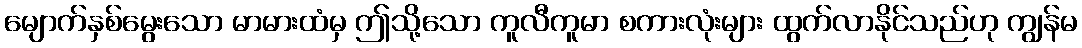
မျောက်နှစ်မွေးသော မာမားထံမှ ဤသို့သော ကူလီကူမာ စကားလုံးများ ထွက်လာနိုင်သည်ဟု ကျွန်မ